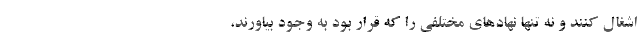
اشغال كنند و نه تنها نهادهاي مختلفي را كه قرار بود به وجود بياورند،